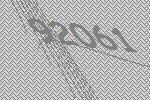
92061